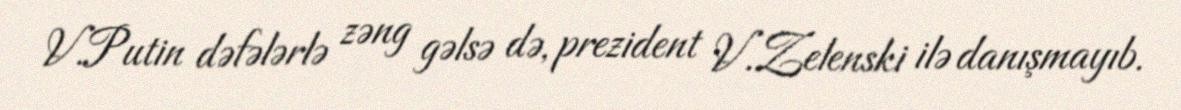
V.Putin dəfələrlə zəng gəlsə də, prezident V.Zelenski ilə danışmayıb.